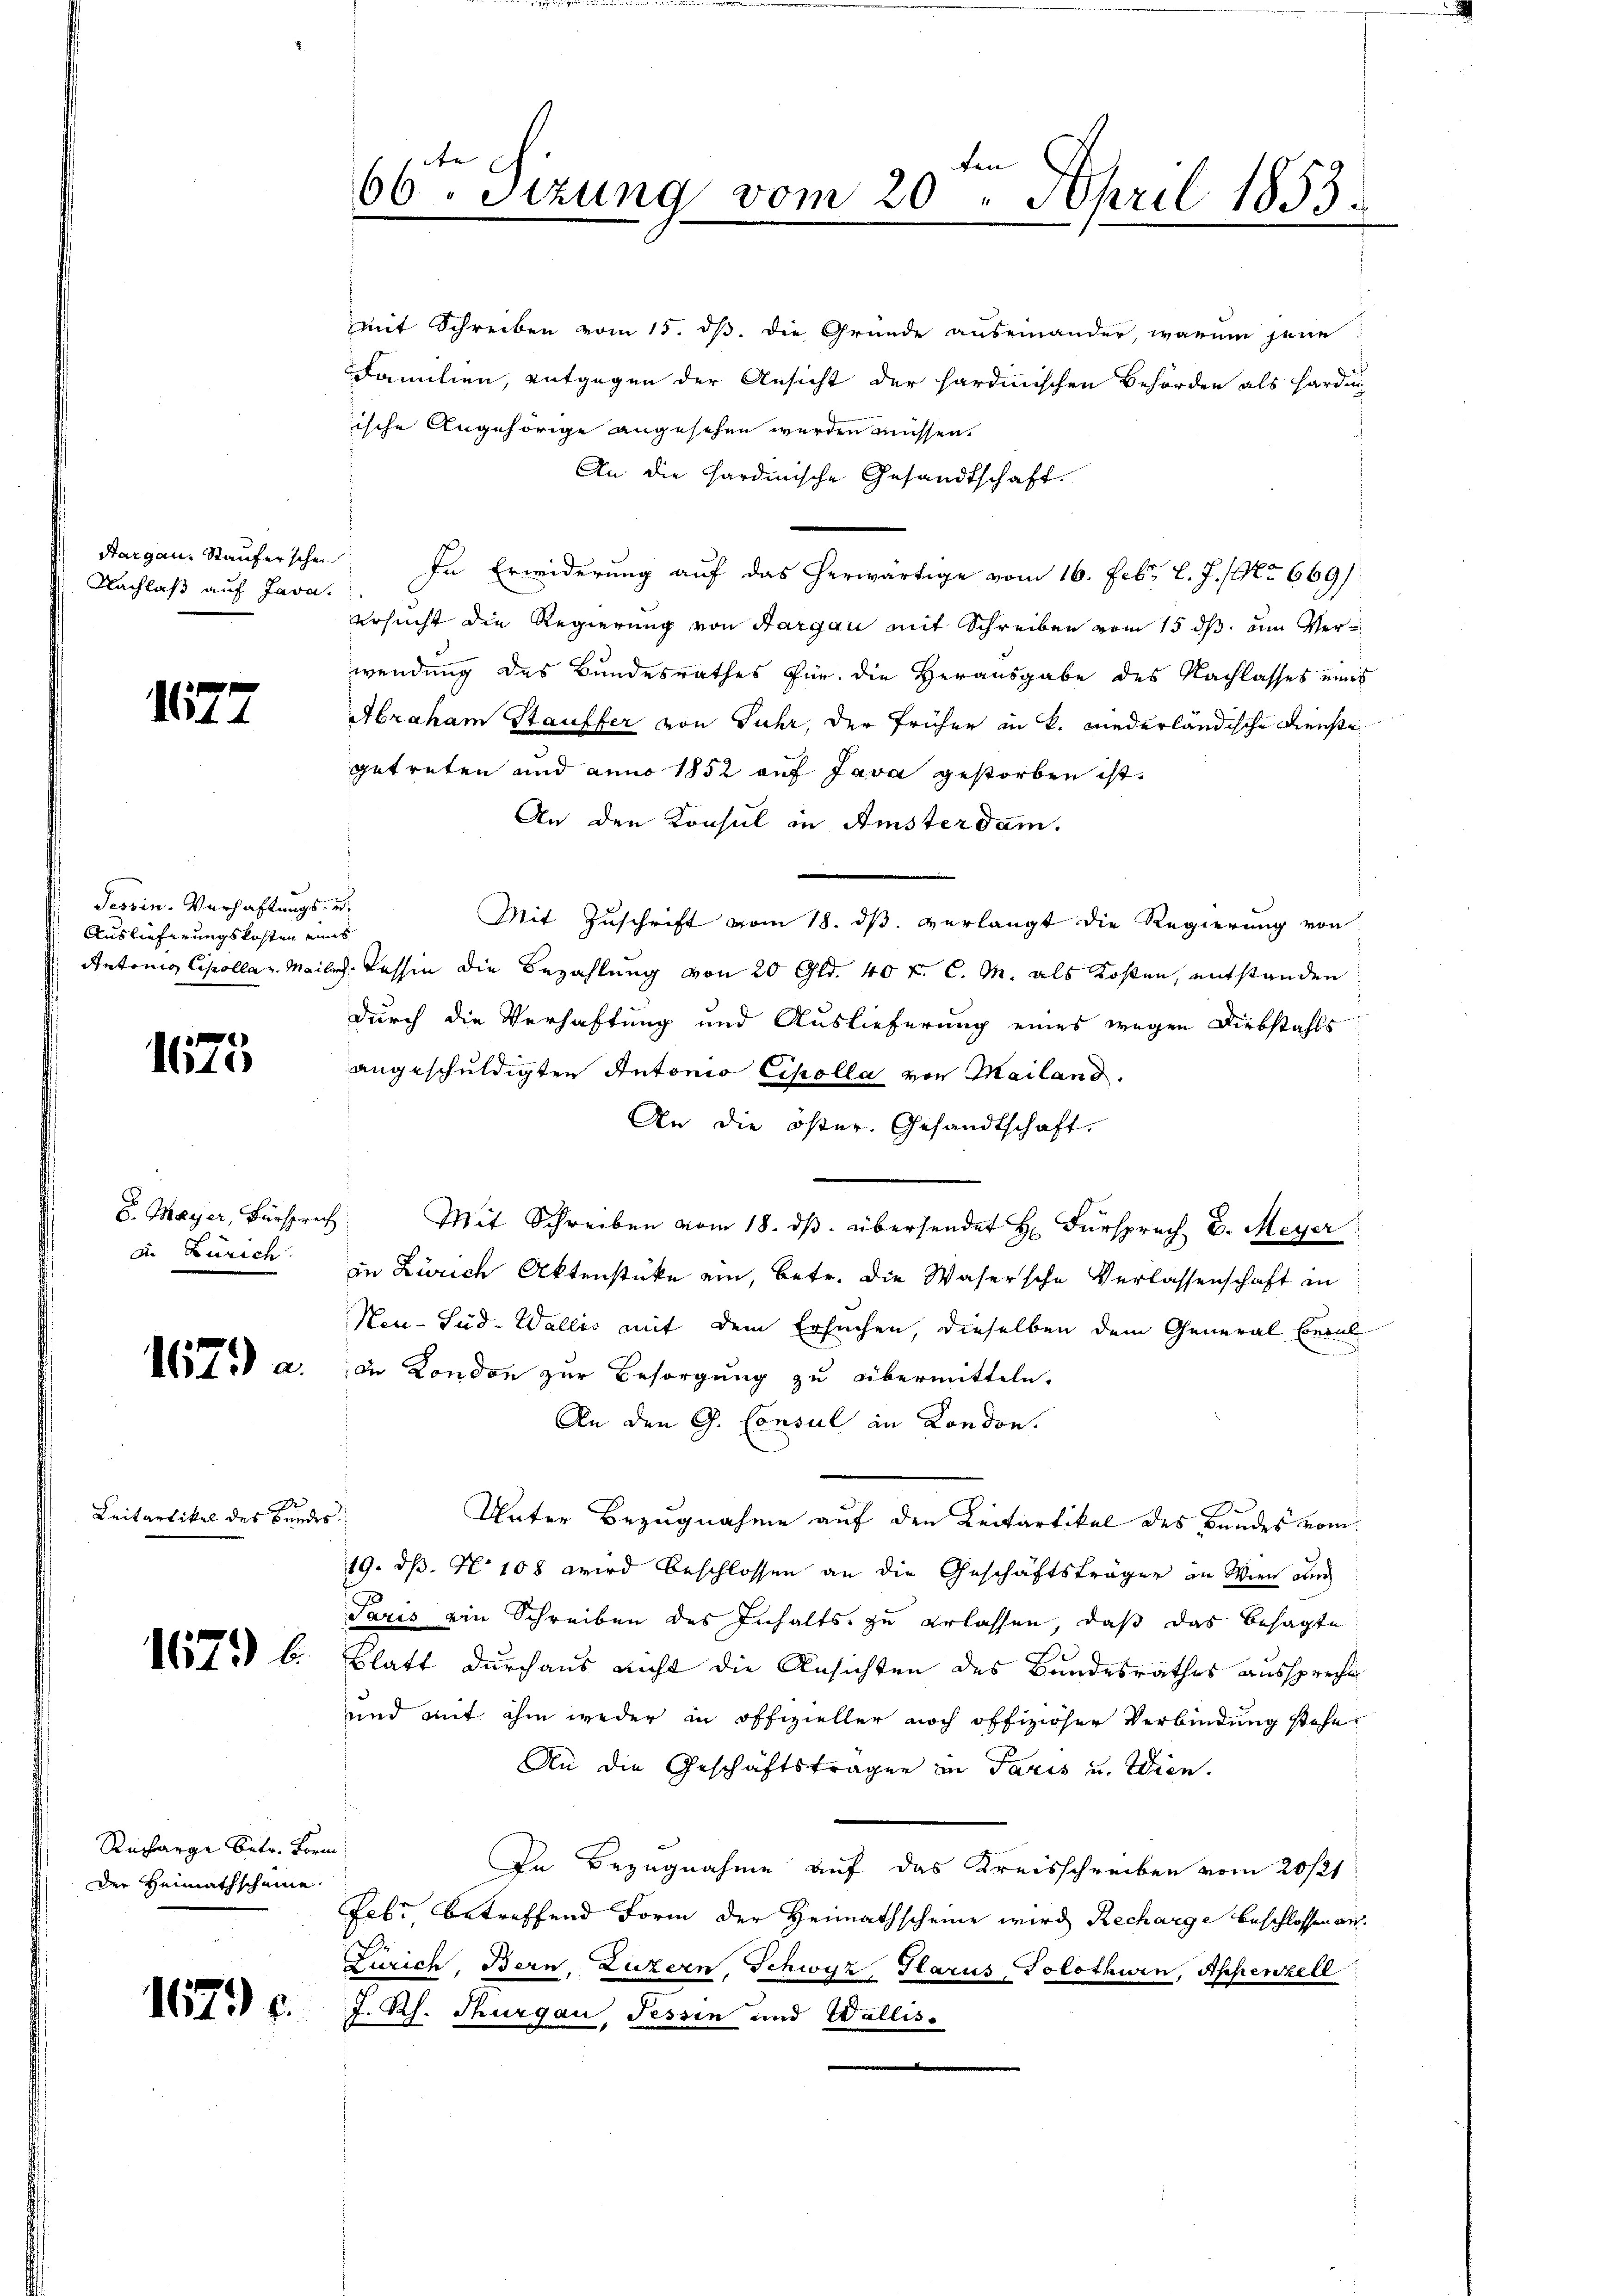
Hargau, Stauferschen
Nachlaß auf Java.

1577

Tessin. Verhaftungs- un
Auslieferungskosten eines
Antring Scholla u. Meiler

1675

S. Mayer, Fürsprech
die Zürich.

167.) a.

Leitartikel des Bundes

Richarge betr. Born
Der Heimathscheine

1796.

len
66ten Sizung vom 20. April 1853.

mit Schreiben vom 15. dß. die Gründe auseinander, warum jene
Familien, entgegen der Ansicht der sardinischen Behörden als Harden
ische Angehörige angesehen werden müssen.
An die Hardinische Gesandtschaft.
In Erwiderung auf das herwärtige vom 16. Febr. l. J. (No 669.
ersucht die Regierung von Aargau mit Schreiben vom 15. ds. um Verwendung des Bundesrathes für die Herausgabe des Nachlasses eines
Abraham Stauffer von Fuhr, der früher in K. Niederländische Dienste
getreten und anno 1852 auf Java gestorben ist.
An den Konsul in Amsterdam.
.
Mit Zuschrift vom 18. dβ verlangt die Regierung von
v. Tessin die Bezahlung von 20 Gld. 40 f. C. M. als Kosten, entstanden
durch die Verhaftung und Auslieferung eines wegen Diebstahls
angeschuldigten Antonio Cipolla von Mailand.
An die öster. Gesandtschaft.
Mit Schreiben vom 18. dβ übersendet H. Fürsprach E. Meyer
an Zürich Aktenstücke ein, betr. die Wasersche Verlassenschaft in
Neu-Sud- Wallis mit dem Ersuchen, dieselben dem General beral
de London zur Besorgung zu übermitteln.
An den G. Consul in Kondon.
Unter Bezugnahme auf den Leitartikel des Bundes vom
19. dß. No 108 wird beschlossen an die Geschäftsträger in Wien au
Paris ein Schreiben des Inhalts zu erlassen, daß das besagte
 b. Blatt durchaus nicht die Ansichten des Bundesrathes ausspreche
und mit ihm weder in offizieller noch offiziöser Verbindung stehe
An die Geschäftsträgen in Paris u. Wien.
In Bezugnahme auf das Kreisschreiben vom 20/21
Febi, betreffend Form der Heimathscheine wird Recharge beschlossen an
Zürich, Bern, Luzern, Schwyz, Glarus, Tolothwen, Appenzell
J. Rh. Thurgau, Fessen und Wallis.